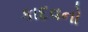
કાદવનો